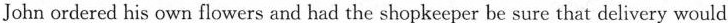
John ordered his own flowers and had the shopkeeper be sure that delivery would